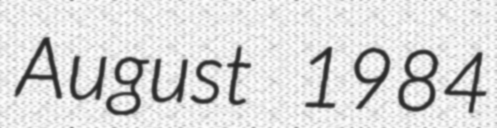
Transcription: August 1984